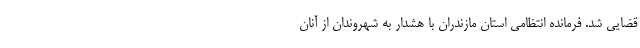
قضایی شد. فرمانده انتظامی استان مازندران با هشدار به شهروندان از آنان